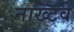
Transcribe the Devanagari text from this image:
नाख्टवे